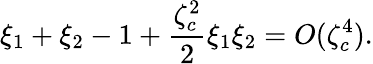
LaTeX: \xi_{1}+\xi_{2}-1+\frac{\zeta_{c}^{2}}{2}\xi_{1}\xi_{2}=O(\zeta_{c}^{4}).